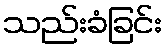
သည်းခံခြင်း